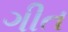
ગીત